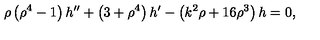
\rho \left( { \rho ^ { 4 } } - 1 \right) h ^ { \prime \prime } + \left( 3 + { \rho ^ { 4 } } \right) h ^ { \prime } - \left( { k ^ { 2 } } \rho + 1 6 { \rho ^ { 3 } } \right) h = 0 ,